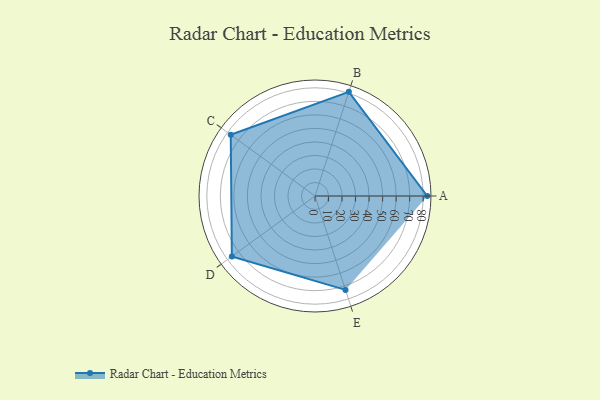
{"axis": {"x": "Skill", "y": "Score"}, "legend": ["Profile"], "data": [{"x": "A", "y": 83.0, "type": "Profile"}, {"x": "B", "y": 81.0, "type": "Profile"}, {"x": "C", "y": 77.0, "type": "Profile"}, {"x": "D", "y": 76.0, "type": "Profile"}, {"x": "E", "y": 73.0, "type": "Profile"}]}